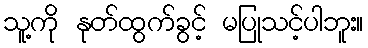
သူ့ကို နုတ်ထွက်ခွင့် မပြုသင့်ပါဘူး။